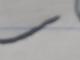
Signature authenticity: forged